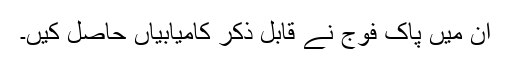
ان میں پاک فوج نے قابلِ ذکر کامیابیاں حاصل کیں۔